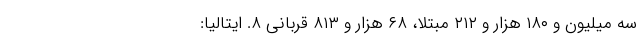
سه میلیون و ۱۸۰ هزار و ۲۱۲ مبتلا، ۶۸ هزار و ۸۱۳ قربانی ۸. ایتالیا: